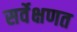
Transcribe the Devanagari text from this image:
सर्वेक्षणत